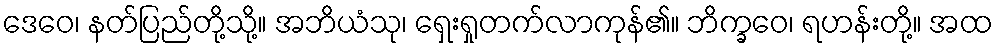
ဒေဝေ၊ နတ်ပြည်တို့သို့။ အဘိယံသု၊ ရှေးရှုတက်လာကုန်၏။ ဘိက္ခဝေ၊ ရဟန်းတို့။ အထ